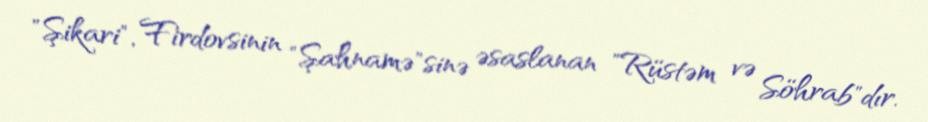
"Şikari", Firdovsinin "Şahnamə"sinə əsaslanan "Rüstəm və Söhrab"dır.